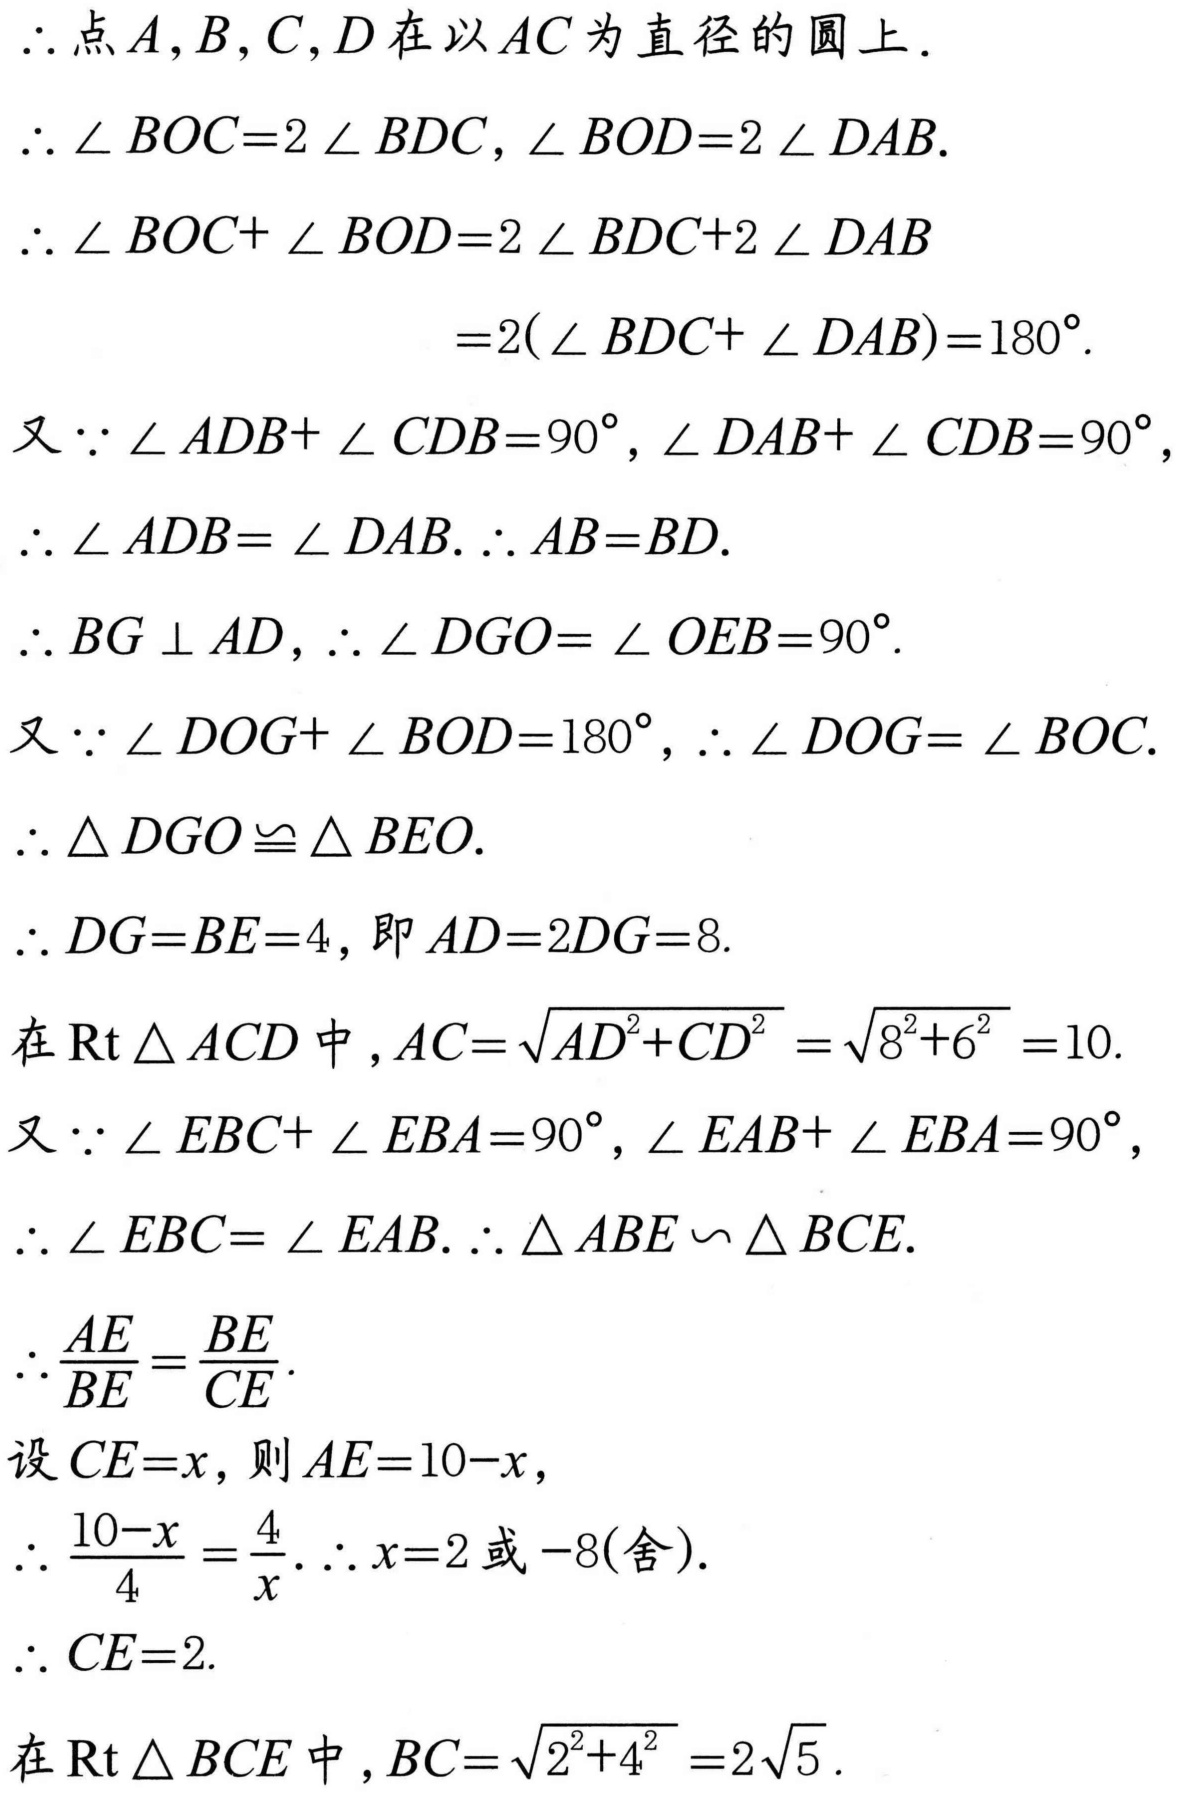
$\therefore$点$A,B,C,D$在以$AC$为直径的圆上.
$\therefore\angle BOC = 2\angle BDC,\angle BOD = 2\angle DAB.$
$\therefore\angle BOC+\angle BOD=2\angle BDC + 2\angle DAB$
$=2(\angle BDC+\angle DAB)=180^{\circ}.$
又$\because\angle ADB+\angle CDB = 90^{\circ},\angle DAB+\angle CDB = 90^{\circ},$
$\therefore\angle ADB=\angle DAB.\therefore AB = BD.$
$\therefore BG\perp AD,\therefore\angle DGO=\angle OEB = 90^{\circ}.$
又$\because\angle DOG+\angle BOD = 180^{\circ},\therefore\angle DOG=\angle BOC.$
$\therefore\triangle DGO\cong\triangle BEO.$
$\therefore DG = BE = 4$,即$AD = 2DG = 8.$
在$\text{Rt}\triangle ACD$中,$AC=\sqrt{AD^{2}+CD^{2}}=\sqrt{8^{2}+6^{2}} = 10.$
又$\because\angle EBC+\angle EBA = 90^{\circ},\angle EAB+\angle EBA = 90^{\circ},$
$\therefore\angle EBC=\angle EAB.\therefore\triangle ABE\backsim\triangle BCE.$
$\therefore\frac{AE}{BE}=\frac{BE}{CE}.$
设$CE = x$,则$AE = 10 - x$,
$\therefore\frac{10 - x}{4}=\frac{4}{x}.\therefore x = 2$或$-8$(舍).
$\therefore CE = 2.$
在$\text{Rt}\triangle BCE$中,$BC=\sqrt{2^{2}+4^{2}}=2\sqrt{5}.$